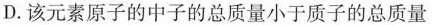
D.该元素原子的中子的总质量小于质子的总质量